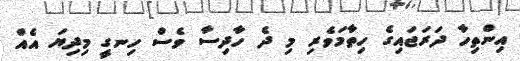
އިންތިހާ ދަރަޖައިގެ ހިތާމަވެރި މި ދެ ހާދިސާ ވެސް ހިނގީ މިދިޔަ އެއް